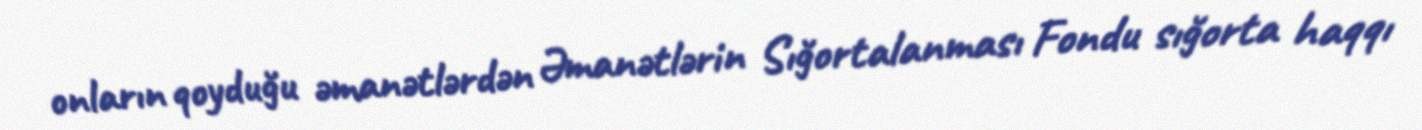
onların qoyduğu əmanətlərdən Əmanətlərin Sığortalanması Fondu sığorta haqqı